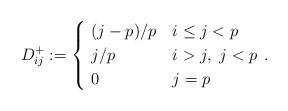
LaTeX: \begin{align*} D_{ij}^+:=\begin{cases}~(j-p)/p&i\leq j<p\\~j/p&i> j,~j<p\\~0&j=p\end{cases}\,.\end{align*}